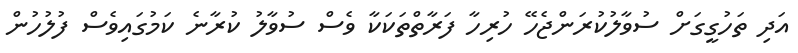
އަދި ތަހުގީގަށް ސުވާލުކުރަންޖެހޭ ހުރިހާ ފަރާތްތަކަކާ ވެސް ސުވާލު ކުރާނެ ކަމުގައިވެސް ފުލުހުން